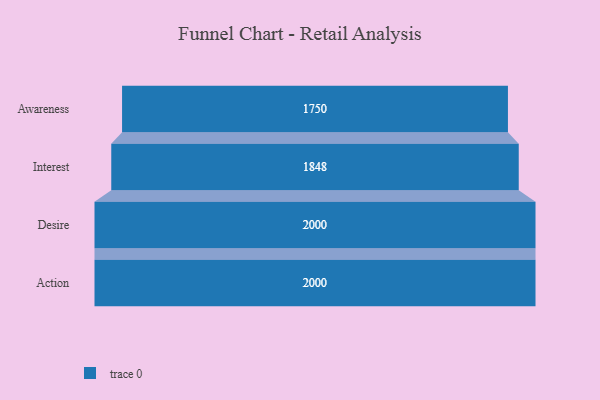
{"axis": {"x": "Stage", "y": "Value"}, "legend": [""], "data": [{"x": "Awareness", "y": 1750.0, "type": ""}, {"x": "Interest", "y": 1848.0, "type": ""}, {"x": "Desire", "y": 2000, "type": ""}, {"x": "Action", "y": 2000, "type": ""}]}